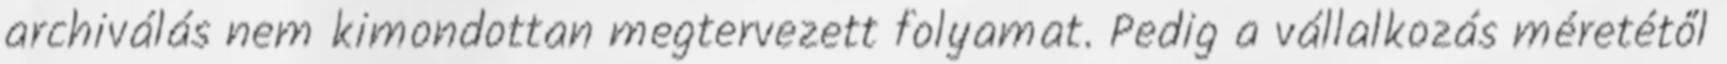
archiválás nem kimondottan megtervezett folyamat. Pedig a vállalkozás méretétől